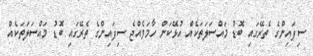
ސިފައިންގެ ތެރޭގައި ބޮޑު މައްސަލަތަކެއް އުޅޭކަން ހާމަވެއްޖެ ސިފައިންގެ ތެރޭގައި ބޮޑު މައްސަލަތަކެއް